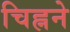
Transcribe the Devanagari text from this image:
चिह्नने